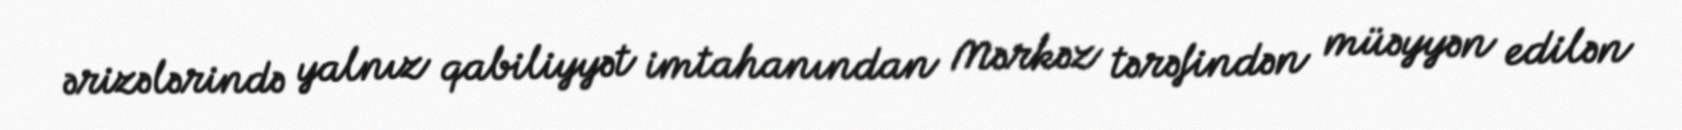
ərizələrində yalnız qabiliyyət imtahanından Mərkəz tərəfindən müəyyən edilən